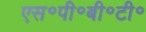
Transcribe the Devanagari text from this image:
एस॰पी॰बी॰टी॰